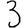
Digit: 3